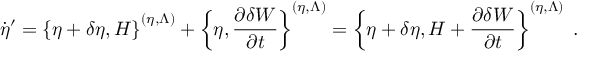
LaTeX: \dot { \eta } ^ { \prime } = \left\{ \eta + \delta \eta , H \right\} ^ { ( \eta , \Lambda ) } + \left\{ \eta , \frac { \partial \delta W } { \partial t } \right\} ^ { ( \eta , \Lambda ) } = \left\{ \eta + \delta \eta , H + \frac { \partial \delta W } { \partial t } \right\} ^ { ( \eta , \Lambda ) } \; .